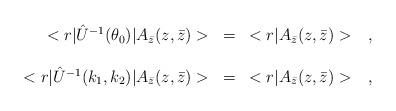
LaTeX: \begin{align*}\begin{array}{r c l}<r|\hat{U}^{-1}(\theta_0)|A_{\bar{z}}(z,\bar{z})>&=&<r|A_{\bar{z}}(z,\bar{z})>\ \ \ ,\\ & & \\<r|\hat{U}^{-1}(k_1,k_2)|A_{\bar{z}}(z,\bar{z})>&=&<r|A_{\bar{z}}(z,\bar{z})>\ \ \ ,\end{array}\end{align*}